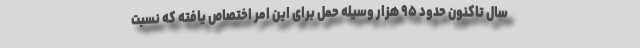
سال تاکنون حدود ۹۵ هزار وسیله حمل برای این امر اختصاص یافته که نسبت